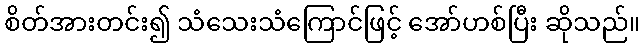
စိတ်အားတင်း၍ သံသေးသံကြောင်ဖြင့် အော်ဟစ်ပြီး ဆိုသည်။